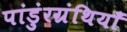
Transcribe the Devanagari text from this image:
पांडुंरग्रंथियाँ